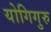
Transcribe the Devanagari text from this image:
योगिगुरु